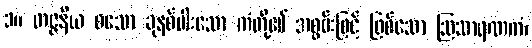
၁။ တဇ္ဇနီယ စသော ခုနစ်ပါးသော ကံတို့၏ အစွမ်းဖြင့် ဖြစ်သော ဩသာရဏကံ၊